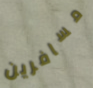
مسافرين